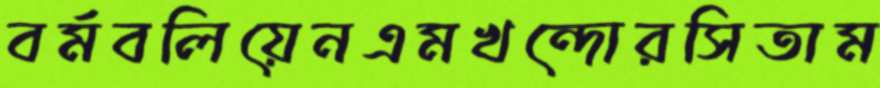
বর্মবলিয়েনএমখন্দোরসিতাম